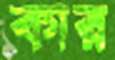
কার